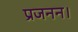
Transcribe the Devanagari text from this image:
प्रजनन।